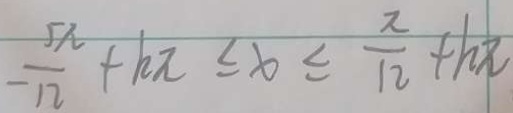
- \frac { 5 \lambda } { 1 2 } + k \pi \leq x \leq \frac { \pi } { 1 2 } + k \pi